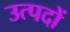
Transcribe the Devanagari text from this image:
उत्पदों